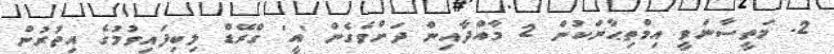
2. މަތީސާނަވީ އިމްތިޙާނަކުން 2 މާއްދާއިން ދަށްވެގެން 'އީ' ގްރޭޑް ލިބިފައިވުމުގެ އިތުރުން